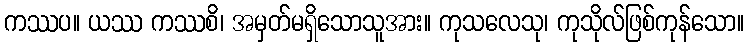
ကဿပ။ ယဿ ကဿစိ၊ အမှတ်မရှိသောသူအား။ ကုသလေသု၊ ကုသိုလ်ဖြစ်ကုန်သော။